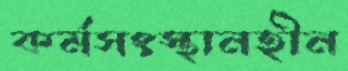
কর্মসংস্থানহীন